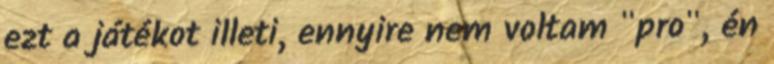
ezt a játékot illeti, ennyire nem voltam "pro", én